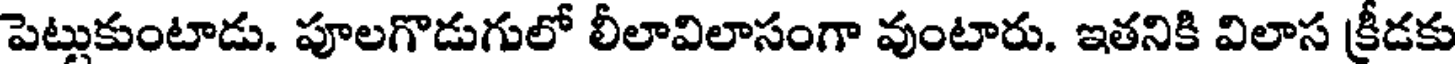
పెట్లుకుంటాడు. పూలగొడుగులో లీలావిలాసంగా వుంటారు. ఇతనికి విలాస క్రీడకు